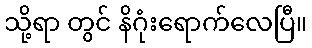
သို့ရာ တွင် နိဂုံးရောက်လေပြီ။